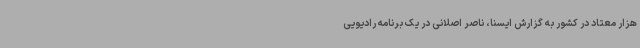
هزار معتاد در کشور به گزارش ایسنا، ناصر اصلانی در یک برنامه رادیویی